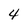
Character: 4